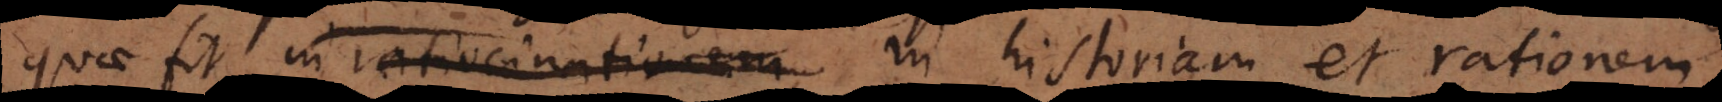
quae fit in ratiocinationem historiam et rationem